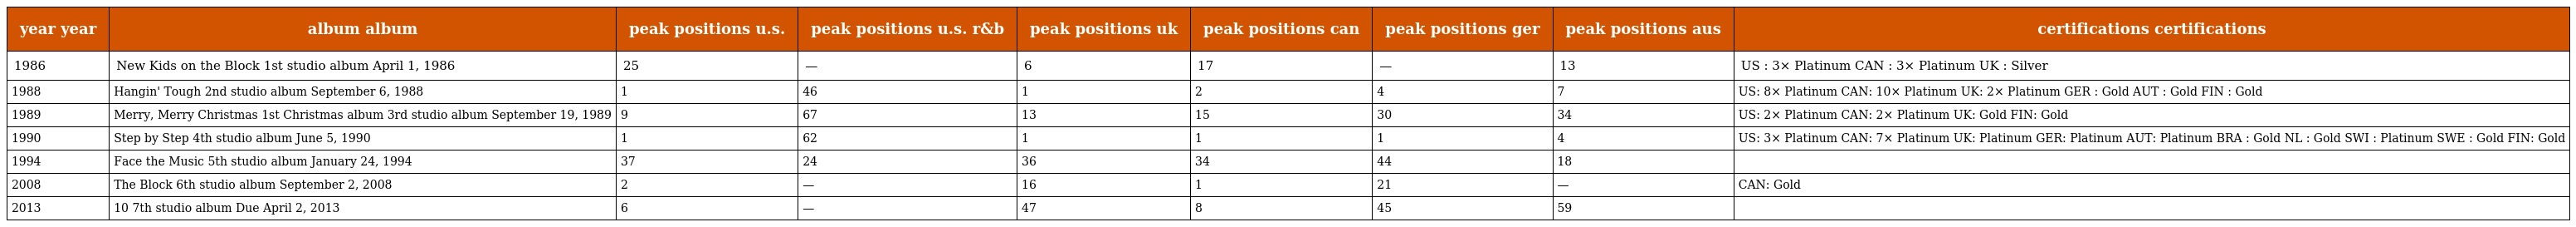
| year year | album album | peak positions u.s. | peak positions u.s. r&b | peak positions uk | peak positions can | peak positions ger | peak positions aus | certifications certifications |
 | --- | --- | --- | --- | --- | --- | --- | --- | --- |
 | 1986 | New Kids on the Block 1st studio album April 1, 1986 | 25 | — | 6 | 17 | — | 13 | US : 3× Platinum CAN : 3× Platinum UK : Silver |
 | 1988 | Hangin' Tough 2nd studio album September 6, 1988 | 1 | 46 | 1 | 2 | 4 | 7 | US: 8× Platinum CAN: 10× Platinum UK: 2× Platinum GER : Gold AUT : Gold FIN : Gold |
 | 1989 | Merry, Merry Christmas 1st Christmas album 3rd studio album September 19, 1989 | 9 | 67 | 13 | 15 | 30 | 34 | US: 2× Platinum CAN: 2× Platinum UK: Gold FIN: Gold |
 | 1990 | Step by Step 4th studio album June 5, 1990 | 1 | 62 | 1 | 1 | 1 | 4 | US: 3× Platinum CAN: 7× Platinum UK: Platinum GER: Platinum AUT: Platinum BRA : Gold NL : Gold SWI : Platinum SWE : Gold FIN: Gold |
 | 1994 | Face the Music 5th studio album January 24, 1994 | 37 | 24 | 36 | 34 | 44 | 18 |  |
 | 2008 | The Block 6th studio album September 2, 2008 | 2 | — | 16 | 1 | 21 | — | CAN: Gold |
 | 2013 | 10 7th studio album Due April 2, 2013 | 6 | — | 47 | 8 | 45 | 59 |  |